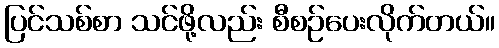
ပြင်သစ်စာ သင်ဖို့လည်း စီစဉ်ပေးလိုက်တယ်။